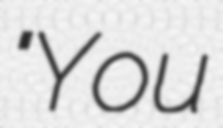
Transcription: "You